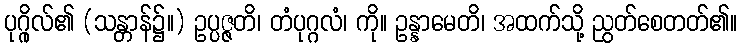
ပုဂ္ဂိုလ်၏ (သန္တာန်၌။) ဥပ္ပဇ္ဇတိ၊ တံပုဂ္ဂလံ၊ ကို။ ဥန္နာမေတိ၊ အထက်သို့ ညွတ်စေတတ်၏။